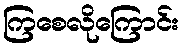
ကြစေလိုကြောင်း